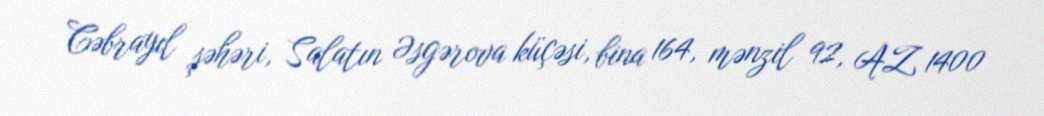
Cəbrayıl şəhəri, Salatın Əsgərova küçəsi, bina 164, mənzil 92, AZ 1400